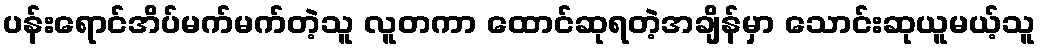
ပန်းရောင်အိပ်မက်မက်တဲ့သူ လူတကာ ထောင်ဆုရတဲ့အချိန်မှာ သောင်းဆုယူမယ့်သူ